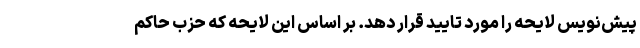
پیش‌نویس لایحه را مورد تایید قرار دهد. بر اساس این لایحه که حزب حاکم